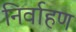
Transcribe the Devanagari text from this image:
निर्वाहण